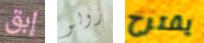
إبق زولو يقترح